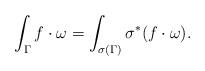
LaTeX: \begin{align*} \int_{\Gamma} f\cdot \omega=\int_{\sigma(\Gamma)} \sigma^* (f\cdot \omega).\end{align*}